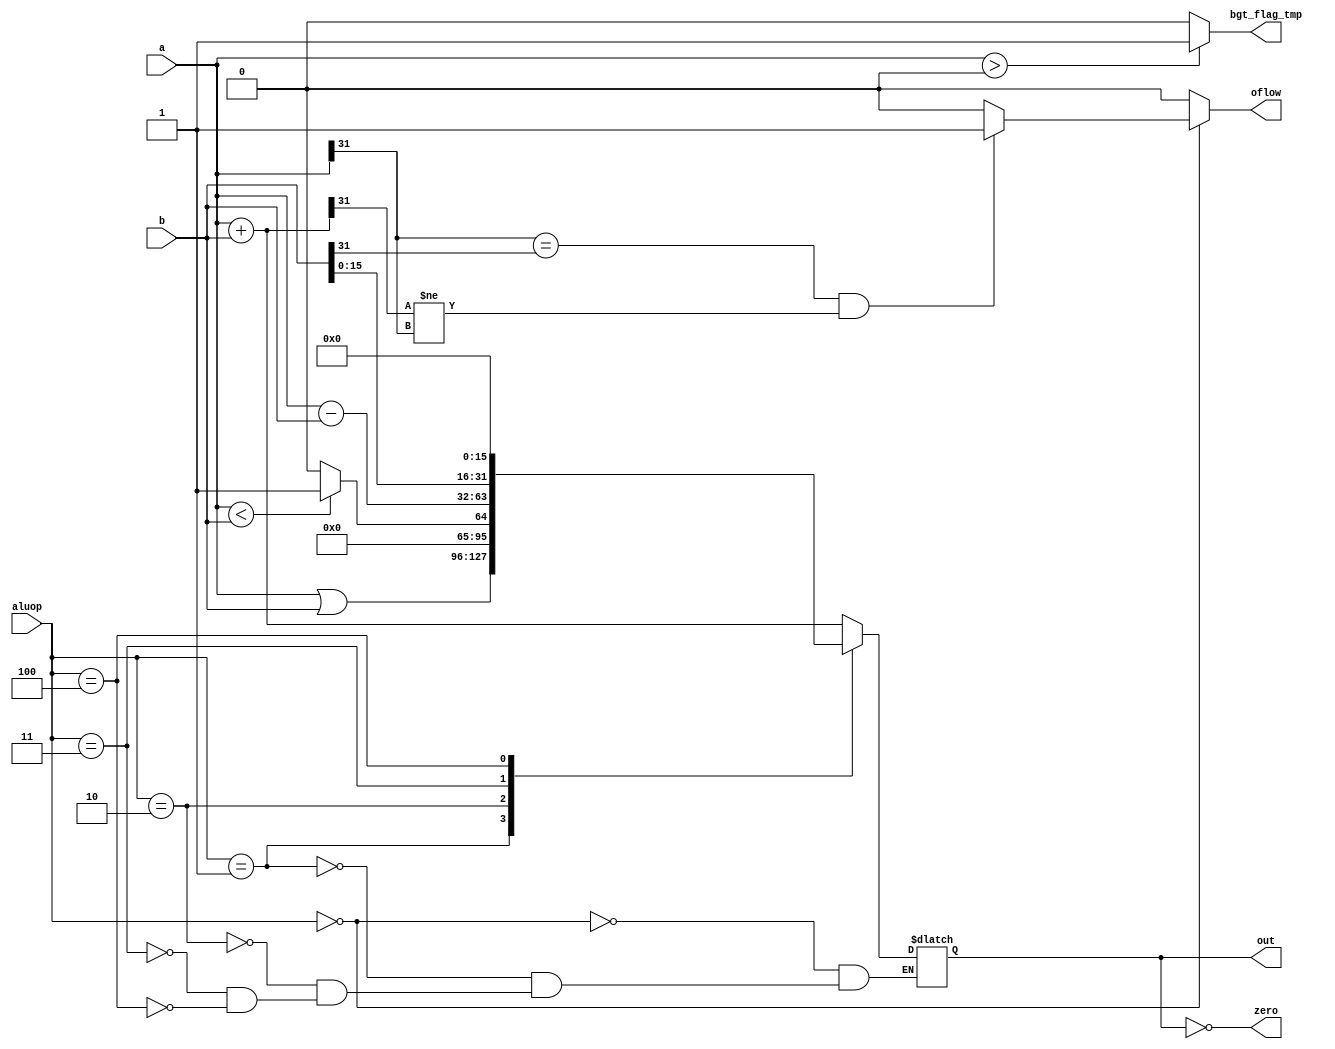
module alu(aluop,a,b,out,zero,oflow,bgt_flag_tmp);
		input		[2:0]	aluop;
		input		[31:0]	a, b;
		output reg	[31:0]	out;
		output	bgt_flag_tmp;
		output zero;
    output oflow;
	wire [31:0] sub_ab;
	wire [31:0] add_ab;
	wire 		oflow_add;
	wire 		oflow;
	wire 		slt;

	assign zero = (out == 0);

	assign sub_ab = a - b;
	assign add_ab = a + b;

	assign oflow_add = (a[31] == b[31] && add_ab[31] != a[31]) ? 1 : 0;

	assign oflow = (aluop == 3'b000) ? oflow_add : 0;
	assign bgt_flag_tmp = (a > 0) ? 1 : 0;
  
	always @(*) begin
		case (aluop)//000:add 001:or 010:stl 011:sub 100:lui
			3'd0:  out <= add_ab;				/* add */
			3'd1:  out <= a | b;				/* or */
			3'd2:  out <= ($signed(a) < $signed(b)) ? 32'd1 : 32'd0;	/* slt */
			3'd3:  out <= sub_ab;				/* sub */
			3'd4:  out <= {b[15:0],16'b0};
			default: 
			begin
				//out <= 0;
				$display("no use sel for aluop");

			end
		endcase
	end

endmodule